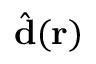
\hat { \mathbf { d } } ( \mathbf { r } )